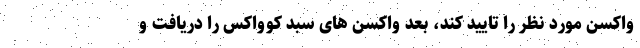
واکسن مورد نظر را تایید کند، بعد واکسن های سبد کوواکس را دریافت و